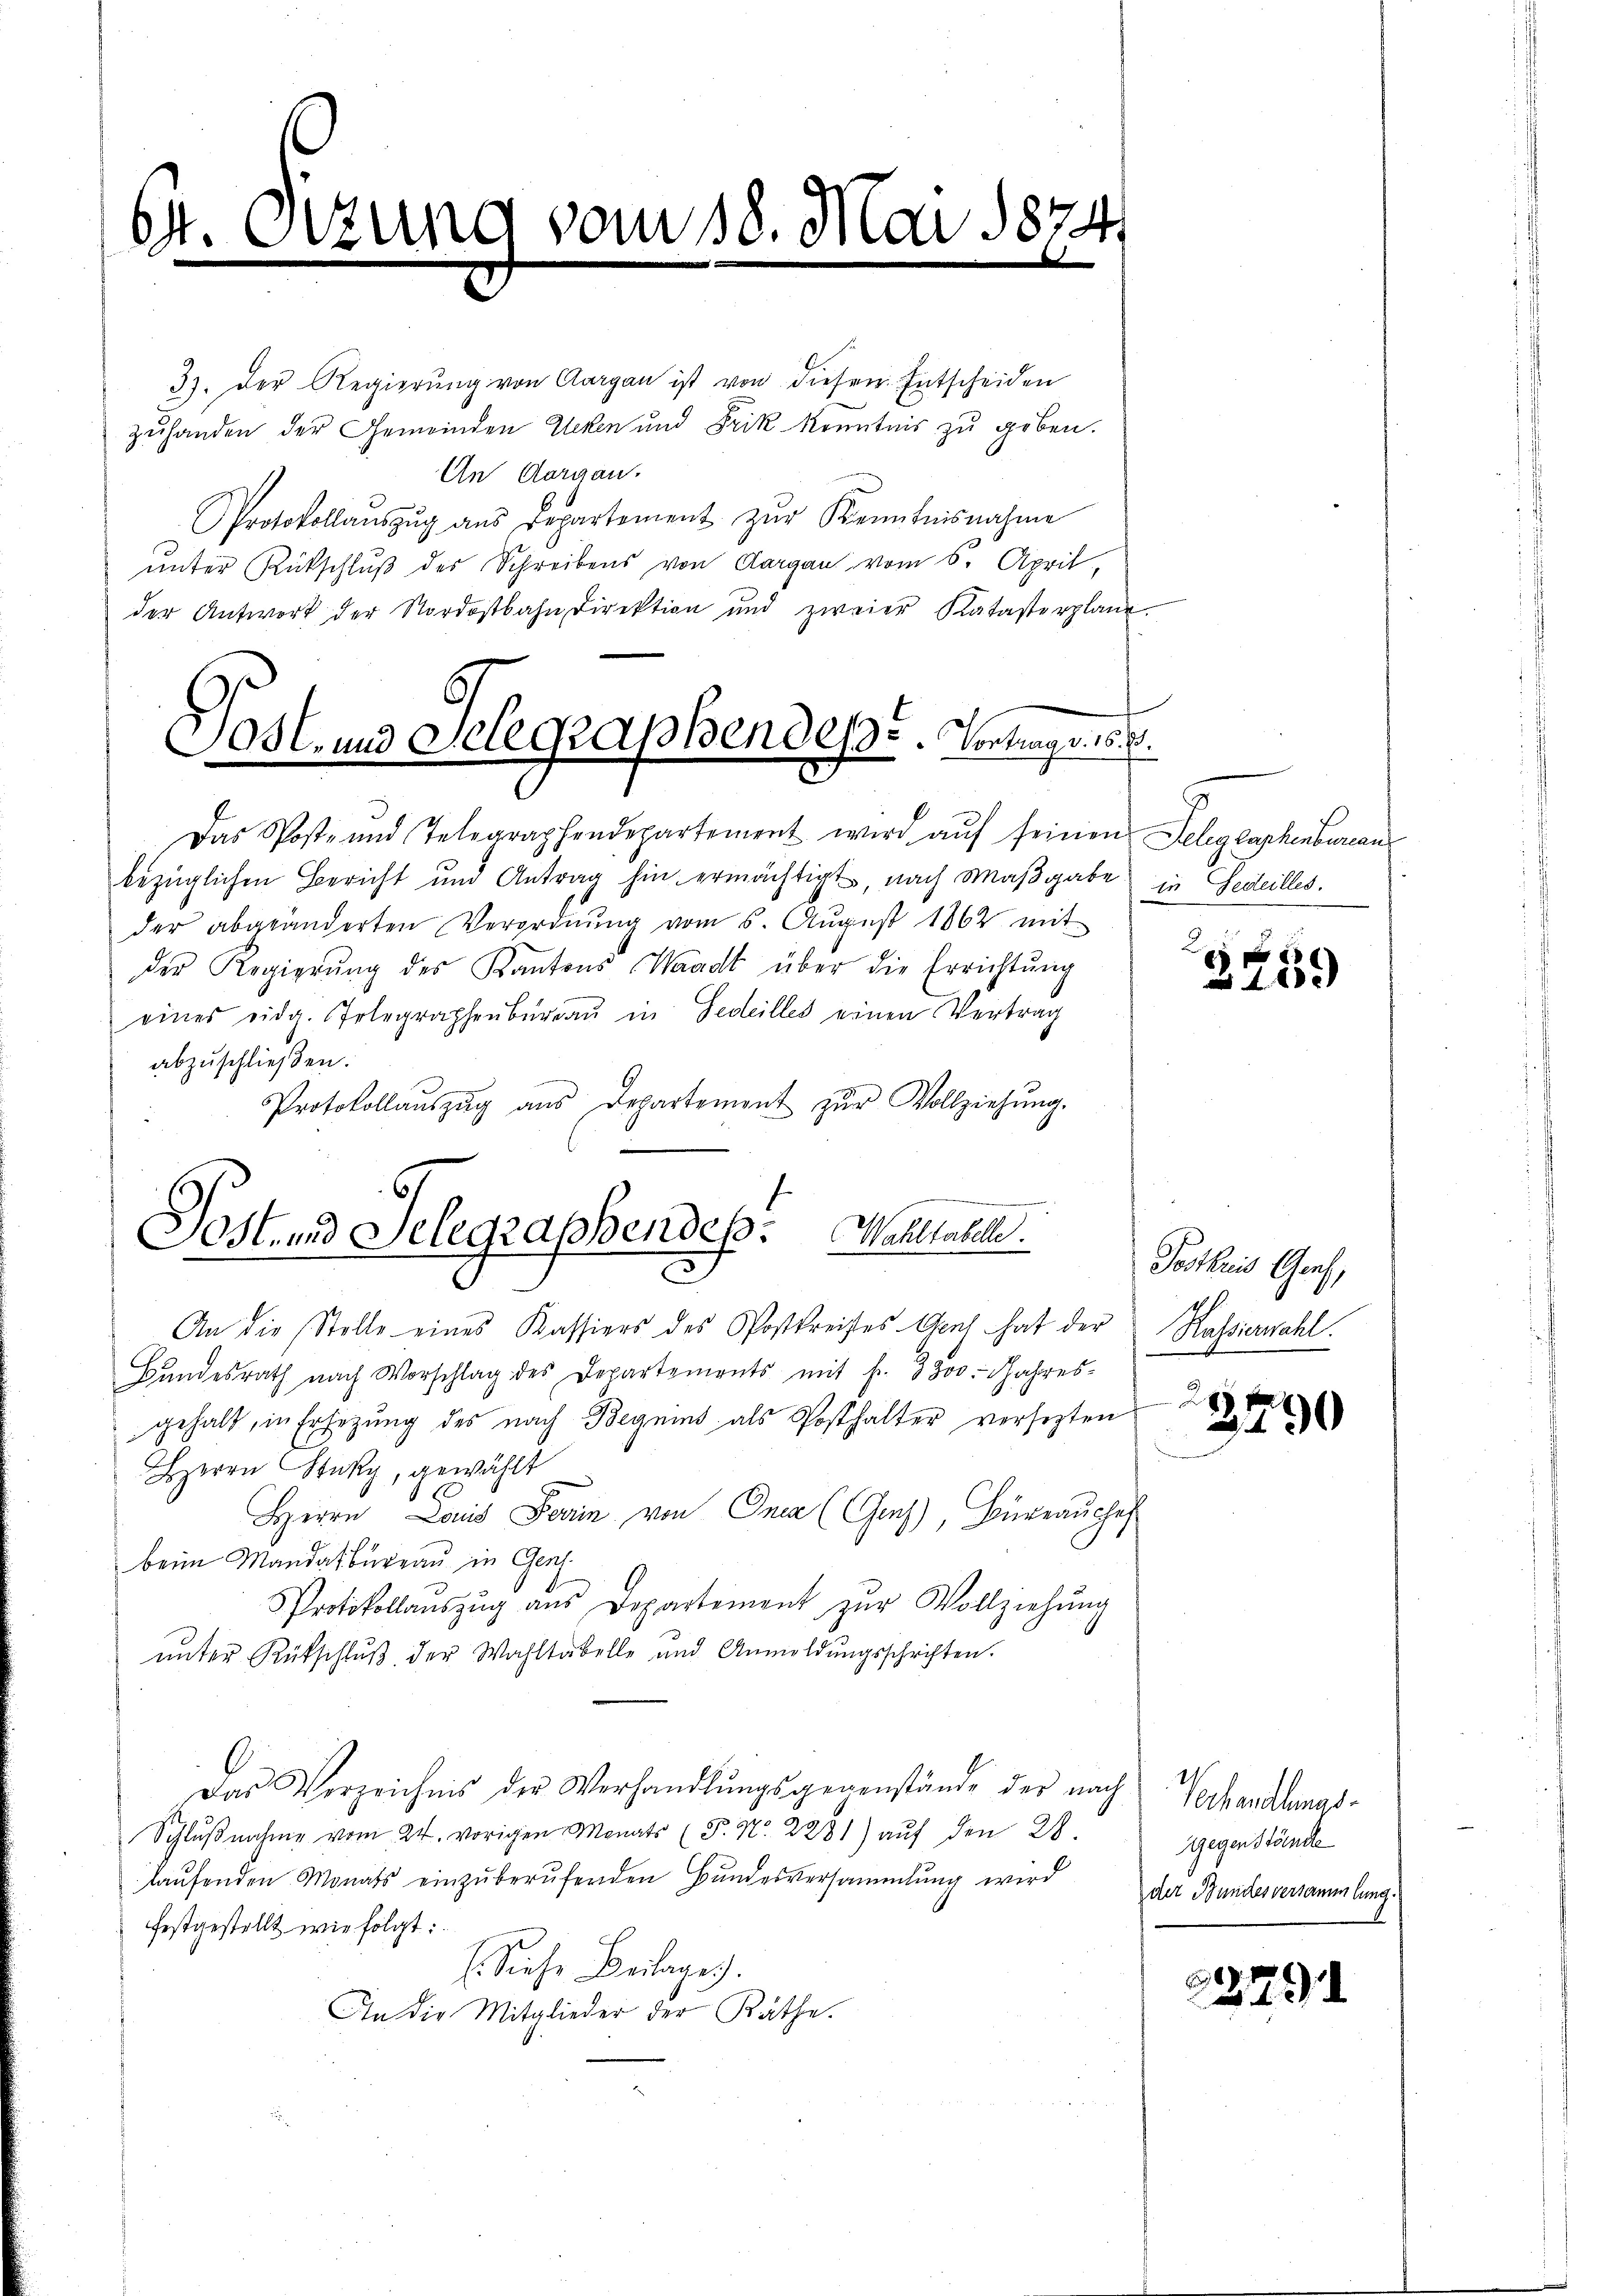
Ott. Otzur

37. Der Regierŭng von Aargau ist von diesen Entscheiden
zuhanden der Gemeinden Ecken und Frik Kenntnis zu geben.
An Aargau.
Protokollaŭszŭg aŭs Departement zŭr Kenntnisnahme
ŭnter Rückschlŭβ des Schreibens von Aargau vom 5. April,
der Antwort der Nordostbahn Direktion und zweier Katasterplane

vom 18. Mai 1874

Sost- und Selegraphendesse. Vortrags 16. d.

Das Post- und Telegraphendepartement wird aŭf seinen Gelegraphenbureaus
bezüglichen Bericht und Antrag hin ermächtigt, nach Maßgabe in Gedeilles.
der abgeänderten Verordnung vom 6. August 1862 mit
der Regierŭng des Kantons Waadt über die Errichtŭng
eines eidg. Telegraphenbŭrgaŭ in Fedeilles einen Vertrag
abzuschließen.
Protokollaŭszŭg aŭs Departement zŭr Vollziehŭng.
Sost- und Telegraphendes. Wahltabell

An die Stelle eines Kassiers des Postkreises Genf hat der Kassierwahl.
Bŭndesrath nach Vorschlag des Departemonts mit fr. 3800. Jahres-
gehalt, in Ersetzŭng des nach Begnens als Posthalter versetzten
HHerrn Stutz, gewählt
Herrn Lauis Ferin von Onca (Gres), Bürrauches
beim Mandatbureau in Gen
Protokollauszug aus Departement zŭr Vollziehung
ŭnter Rütschlŭβ der Wahltabelle und Anmeldŭngsschriften.
Das Verzeichnis der Verhandlŭngsgegenstände der nach Vorhandlungs-
Schlŭβnahme vom 24. vorigen Monats (S. Nr. 2281) aŭf den 28.
laŭfenden Monats einzŭberŭfenden Bŭndesversammlung wird der Bundesversammlung
festgestellt wie folgt:
E. Siehe Beilages.
An die Mitglieder der Räthe.

a 1000

Posthums Genf,

77
3790

Gegen Stände

23791